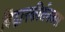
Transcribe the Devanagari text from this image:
विद्वानकीर्तनकार